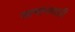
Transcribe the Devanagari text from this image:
सामानवाही